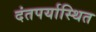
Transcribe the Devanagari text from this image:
दंतपर्यास्थित